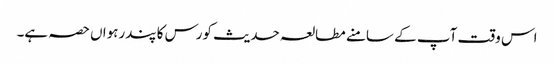
اس وقت آپ کے سامنے مطالعہ حدیث کورس کا پندرہواں حصہ ہے۔